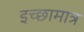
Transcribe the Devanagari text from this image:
इच्छामात्र